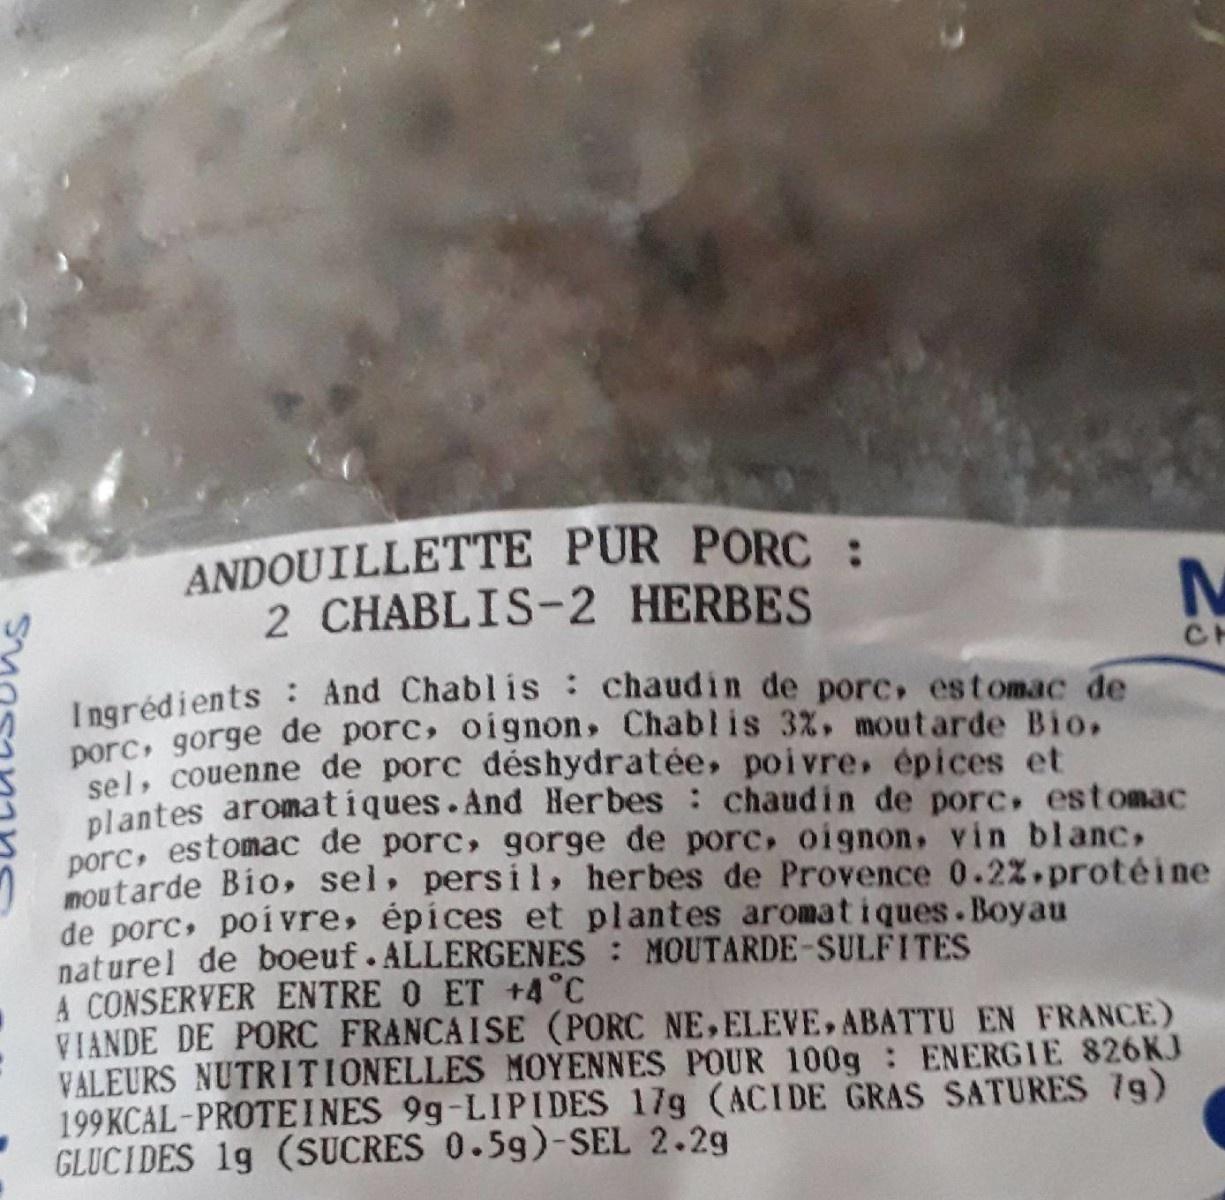
ANDOUILLETTE PUR PORC: 2 CHABLIS-2 HERBES
CH
Ingrédients : And Chablis chaudin de porc, estomac de porc, gorge de porc, oignon, Chablis 3%, mout arde Bio, sel, couenne de porc déshydratée, poivre, épices et plantes aromatiques.And Herbes chaudin de porc. estomac porc, estomac de porc, gorge de porc, oignon, vin blanc, noutarde Bio, sel, persil, herbes de Provence 0.2%.protéine de porc, poivre, épices et plantes aromatiques.Boyau naturel de boeuf. ALLERGENES MOUTARDE-SULFITES A CONSERVER ENTRE O ET +4°C VIANDE DE PORC FRANCAISE (PORC NE,ELEVE, ABATTU EN FRANCE) VALEURS NUTRITIONELLES MOYENNES POUR 100g ENERGIE 826KJ 199KCAL-PROTEINES 9g-LIPIDES 17g (ACIDE GRAS SATURES 7g) GLUCIDES 1g (SUCRES 0.5g)-SEL 2.2g